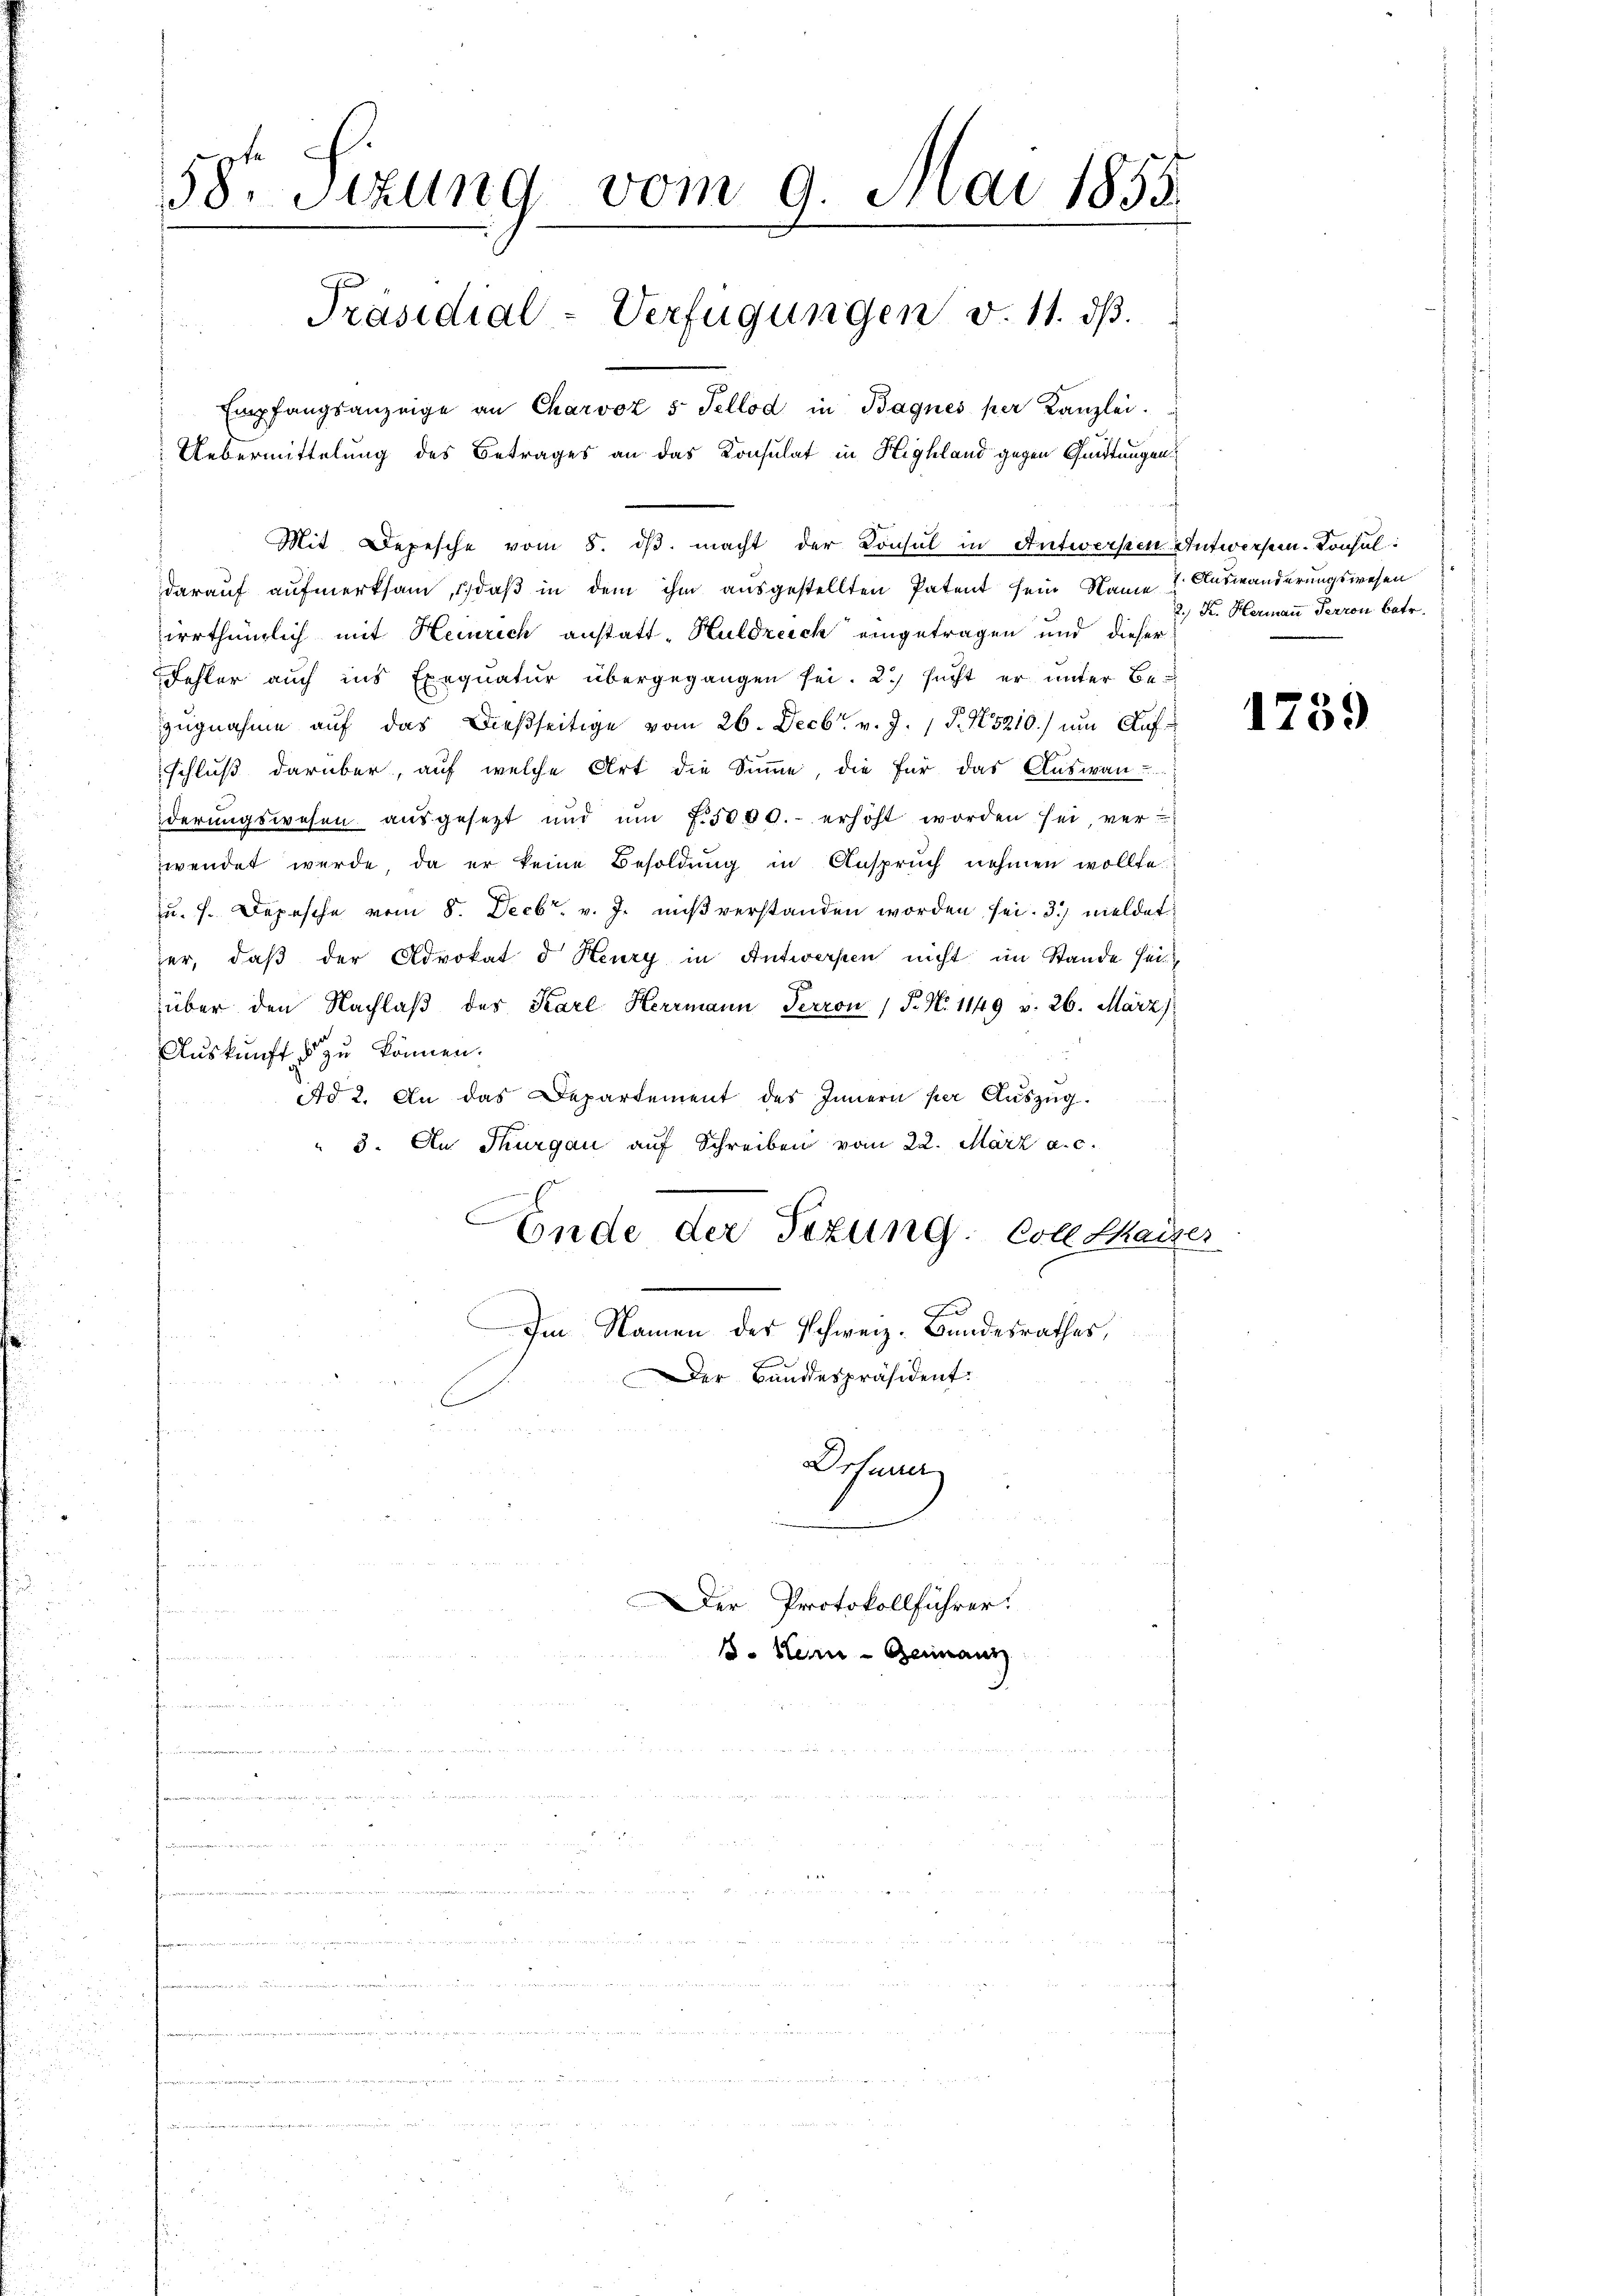
58r Sitzung vom 9. Juni 1855.
Präsidial-Verfügungen d. 11. dß.
Empfangsanzeige an Charvoz 5 Tellod in Bagnés per Kanzlei.
Uebermittelung des Betrages an das Konsulat in Highland gegen Quittungen

Mit Depesche vom 5. dβ macht der Konsul in Antworfein Antworfen. Konsul
darauf aufmerksam, 1, daß in dem ihm ausgestellten Patent sein Name 7. Auswanderungswesen
irrtheilich mit Heinrich anstatt - Huldreich eingetragen und dieser
Fehler auch ins Exequatur übergegangen sei. 2.) sicht er ŭnter Bezŭgnahme aŭf das dießseitige vom 26. Decbr. v. J. 1 S. 15210) um Aufschluß darüber, auf welche Art die Summe, die für das Auswan-
derungswesen aŭsgesetzt und ŭm f. 5000.- erhöht worden sei, ver-
wendet werde, da er keine Besoldŭng in Anspruch nehmen wollte.
u. f. Depesche vom 8. Decbr. v. J. mißverstanden worden sei. 3) meldet
her, daß der Advokat d. Heury in Antworfen nicht im Stande heiüber den Nachlaβ des Karl Herrmann Perron / P. N. 1149 v. 26. März)
Auskunft zu können.
Ad 2. An das Departement des Innern per Aŭszŭg.
" 3. An Thurgau auf Schreiben vom 22. März a. c.
Ende der Sezung. Coll Kaiser
F
Im Namen des Schweiz. Bundesrathes,
Der Bandespräsident:
Drturrer

n

Der Protokollführer.
B. Kern - Germann

2.) K. Hermann Perron betr.

1759